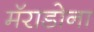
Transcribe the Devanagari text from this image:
मॅराडोना